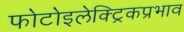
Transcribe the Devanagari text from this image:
फोटोइलेक्ट्रिकप्रभाव